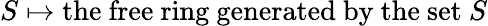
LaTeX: S\mapsto{\mathrm{the~free~ring~generated~by~the~set~}}S